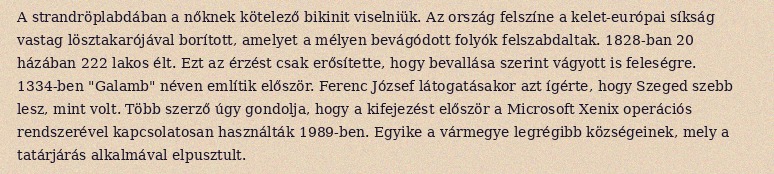
A strandröplabdában a nőknek kötelező bikinit viselniük. Az ország felszíne a kelet-európai síkság vastag lösztakarójával borított, amelyet a mélyen bevágódott folyók felszabdaltak. 1828-ban 20 házában 222 lakos élt. Ezt az érzést csak erősítette, hogy bevallása szerint vágyott is feleségre. 1334-ben "Galamb" néven említik először. Ferenc József látogatásakor azt ígérte, hogy Szeged szebb lesz, mint volt. Több szerző úgy gondolja, hogy a kifejezést először a Microsoft Xenix operációs rendszerével kapcsolatosan használták 1989-ben. Egyike a vármegye legrégibb községeinek, mely a tatárjárás alkalmával elpusztult.